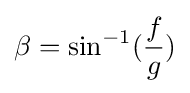
\beta =\sin ^{-1}({\frac {f}{g}})